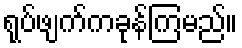
ရုပ်ဖျက်ကခုန်ကြမည်။